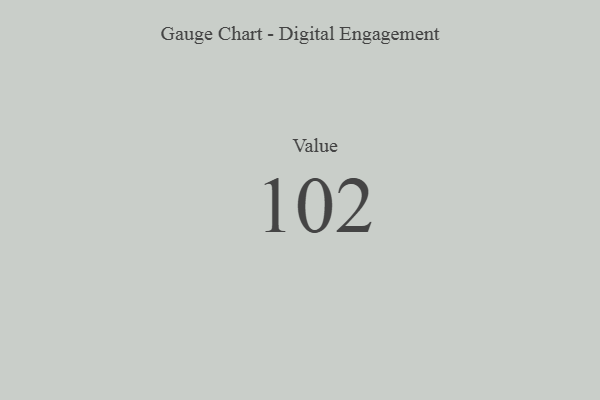
{"axis": {"x": "Metric", "y": "Value"}, "legend": [""], "data": [{"x": "Value", "y": 102, "type": ""}]}